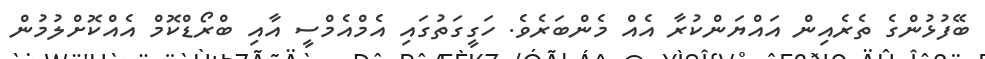
ބޭފުޅުންގެ ތެރެއިން އައްޔަންކުރާ އެއް މެންބަރެވެ. ހަގީގަތުގައި އެމްއެމްސީ އާއި ބްރޯޑްކޮމް އެއްކޮށްލުމުން